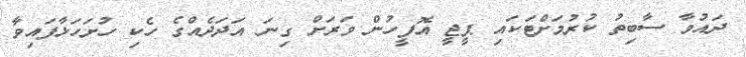
ދައުވާ ސާބިތު ކުރުމަށްޓަކައި ޕީޖީ އޮފީހުން ވަރަށް ގިނަ އަދަދެއްގެ ހެކި ހުށަހަޅާފައިވާ